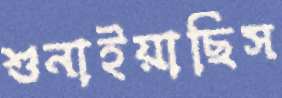
শুনাইয়াছিস